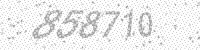
Solution: 858710